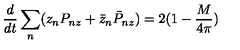
\frac { d } { d t } \sum _ { n } ( z _ { n } P _ { n z } + \bar { z } _ { n } \bar { P } _ { n z } ) = 2 ( 1 - \frac { M } { 4 \pi } )